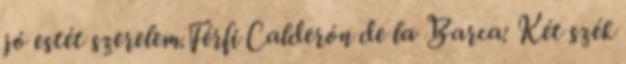
jó estét szerelem.Férfi Calderón de la Barca: Két szék